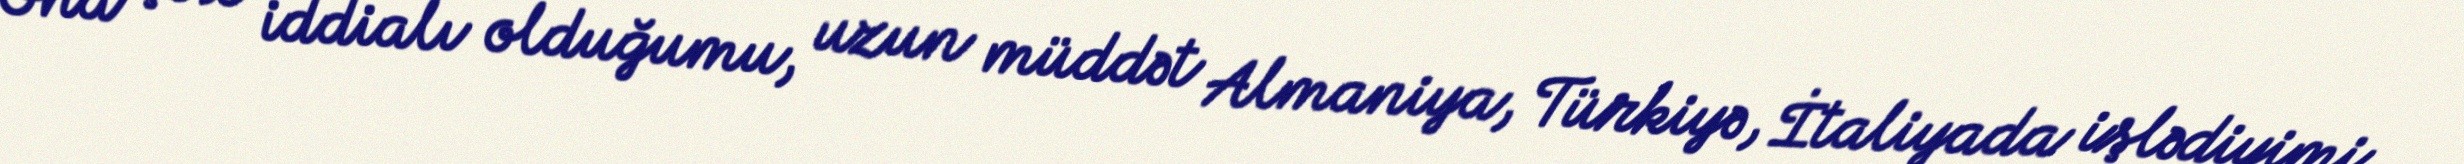
Ona çox iddialı olduğumu, uzun müddət Almaniya, Türkiyə, İtaliyada işlədiyimi,